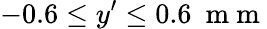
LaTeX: -0.6\leq y^{\prime}\leq 0.6~\mathrm{~m~m~}